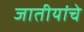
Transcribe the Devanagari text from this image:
जातीयांचे